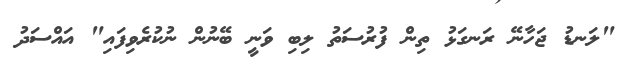
"ލަނޑު ޖަހާނޭ ރަނގަޅު ތިން ފުރުސަތު ލިބި ވަނީ ބޭނުން ނުކުރެވިފައި" އައްސަދު